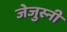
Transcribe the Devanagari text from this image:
जेजुस्नी